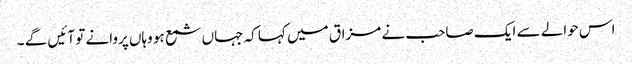
اس حوالے سے ایک صاحب نے مزاق میں کہا کہ جہاں شمع ہو وہاں پروانے تو آئیں گے ۔